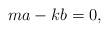
LaTeX: \begin{align*} ma-kb=0, \end{align*}